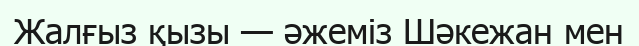
Жалғыз қызы — әжеміз Шәкежан мен